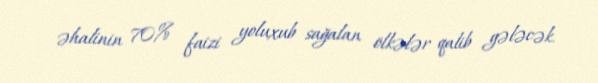
əhalinin 70% faizi yoluxub sağalan ölkələr qalib gələcək.